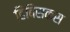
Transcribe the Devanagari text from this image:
हिबिसकस